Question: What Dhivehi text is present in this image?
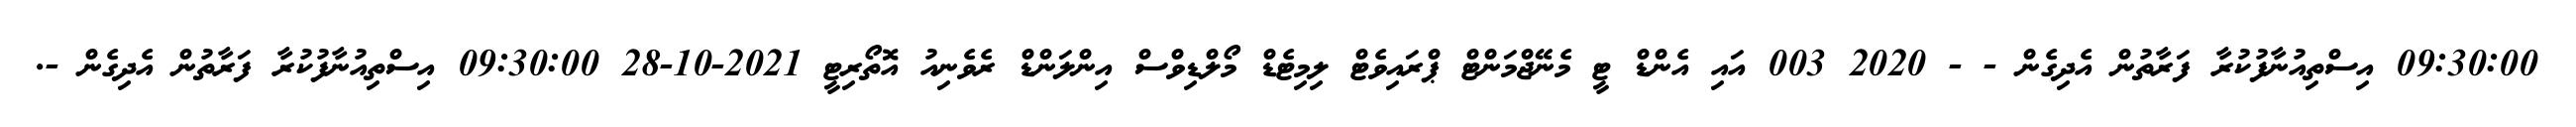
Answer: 09:30:00 އިސްތިއުނާފުކުރާ ފަރާތުން އެދިގެން - - 2020 003 އައި އެންޑް ޓީ މެނޭޖްމަންޓް ޕްރައިވެޓް ލިމިޓެޑް މޯލްޑިވްސް އިންލަންޑް ރެވެނިއު އޮތޯރިޓީ 2021-10-28 09:30:00 އިސްތިއުނާފުކުރާ ފަރާތުން އެދިގެން -.